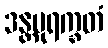
ဒန္တပုရက္ခတံ